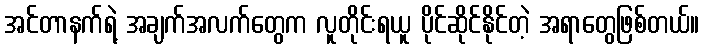
အင်တာနက်ရဲ့ အချက်အလက်တွေက လူတိုင်းရယူ ပိုင်ဆိုင်နိုင်တဲ့ အရာတွေဖြစ်တယ်။